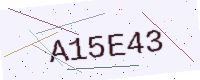
Text: A15E43